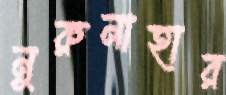
নুরুনাহার